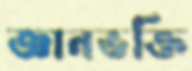
জ্ঞানভক্তি